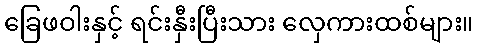
ခြေဖဝါးနှင့် ရင်းနှီးပြီးသား လှေကားထစ်များ။